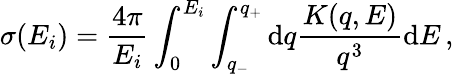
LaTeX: \sigma{(E_{i})}=\frac{4\pi}{E_{i}}\int_{0}^{E_{i}}\int_{q_{-}}^{q_{+}}\mathrm{d}q\frac{K{(q,E)}}{q^{3}}\mathrm{d}E\, ,